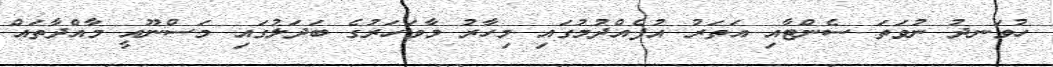
ހުވަނދު ނުވަތަ ސެންޓާއި އަތަރު އުފެއްދުމުގައި މިހާރު މާވަހަރުގެ ބަދަލުގައި މަސްނޫއީ މާއްދާތައް